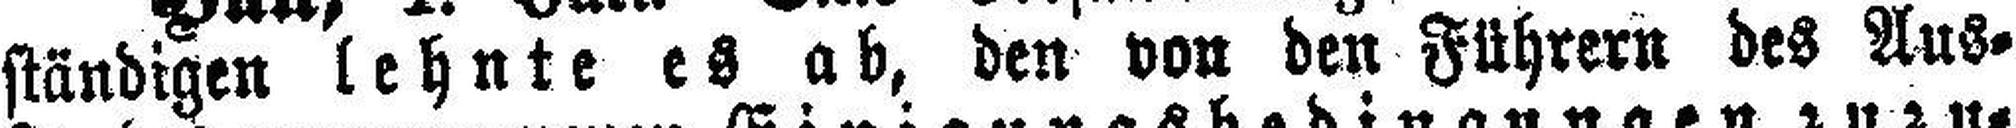
ständigen lehnte es ab, den von den Führern des Aus¬